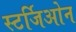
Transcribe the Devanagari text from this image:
स्टर्जिओन